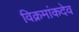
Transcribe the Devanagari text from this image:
विक्रमांकदेव